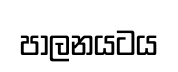
පාලනයටය